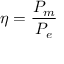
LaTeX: \eta = { \frac { P _ { m } } { P _ { e } } }